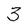
Character: 3